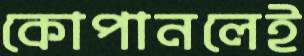
কোপানলেই